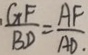
\frac { G F } { B D } = \frac { A F } { A D . }